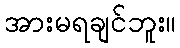
အားမရချင်ဘူး။